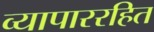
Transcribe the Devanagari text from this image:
व्यापाररहित